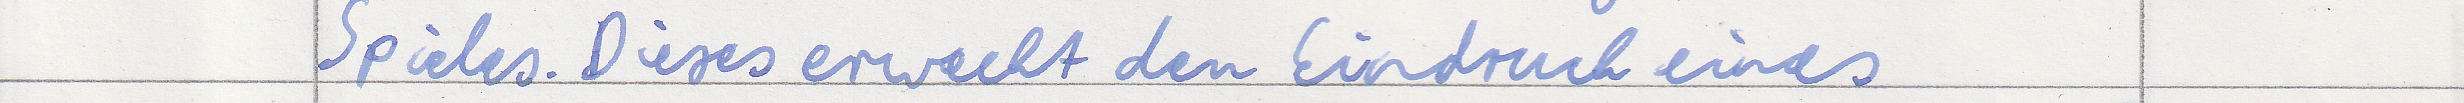
Spieles. Dieses erweckt den Eindruck eines